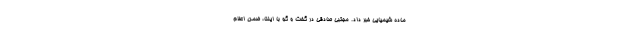
ماده شیمیایی خبر داد. مجتبی صادقی در گفت و گو با ایلنا، ضمن اعلام